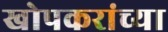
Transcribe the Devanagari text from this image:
खोपकरांच्या